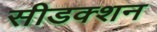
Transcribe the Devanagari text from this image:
सीडक्शन